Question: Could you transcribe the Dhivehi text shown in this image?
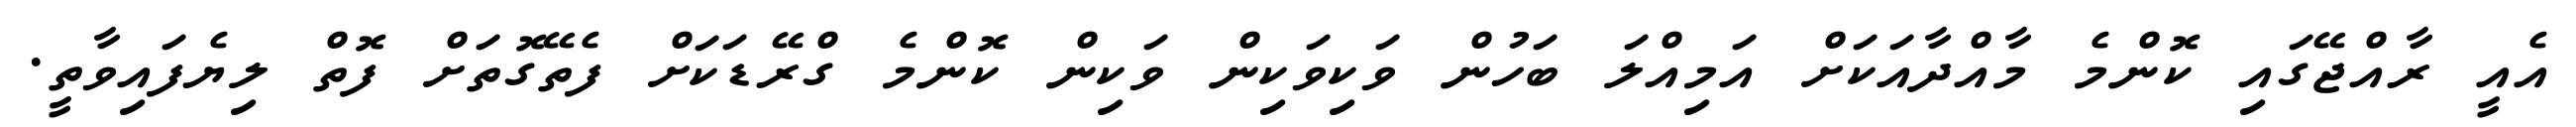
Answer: އެއީ ރާއްޖޭގައި ކޮންމެ މާއްދާއަކަށް އަމިއްލަ ބަހުން ވަކިވަކިން ވަކިން ކޮންމެ ގްރޭޑަކަށް ފެތޭގޮތަށް ފޮތް ލިޔެފައިވާތީ.